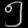
Digit: ၅